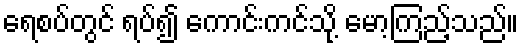
ရေစပ်တွင် ရပ်၍ ကောင်းကင်သို့ မော့ကြည့်သည်။